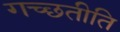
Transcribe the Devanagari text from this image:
गच्छतीति